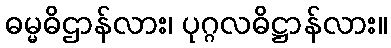
ဓမ္မဓိဌာန်လား၊ ပုဂ္ဂလဓိဋ္ဌာန်လား။